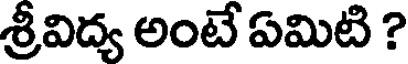
శ్రీవిద్య అంటే ఏమిటి ?